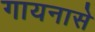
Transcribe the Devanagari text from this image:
गायनासे